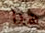
هنا